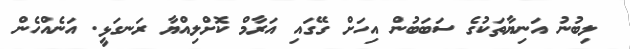
ލިބުނު އަނިޔާތަކުގެ ސަބަބުން އިހަށް ގޭގައި އަރާމް ކޮށްލިއްޔާ ރަނގަޅީ. އަނެއްހެން